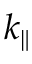
k _ { \parallel }